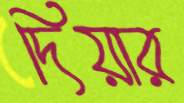
দিয়ার